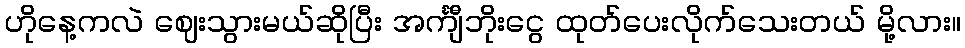
ဟိုနေ့ကလဲ ဈေးသွားမယ်ဆိုပြီး အင်္ကျီဘိုးငွေ ထုတ်ပေးလိုက်သေးတယ် မို့လား။